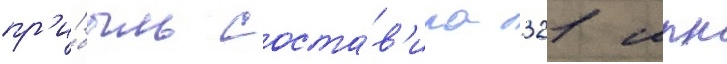
пр'и́быль соста́в'ила 321 млн